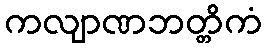
ကလျာဏဘတ္တိကံ